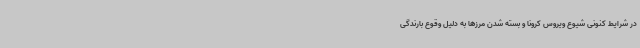
در شرایط کنونی شیوع ویروس کرونا و بسته شدن مرزها به دلیل وقوع بارندگی